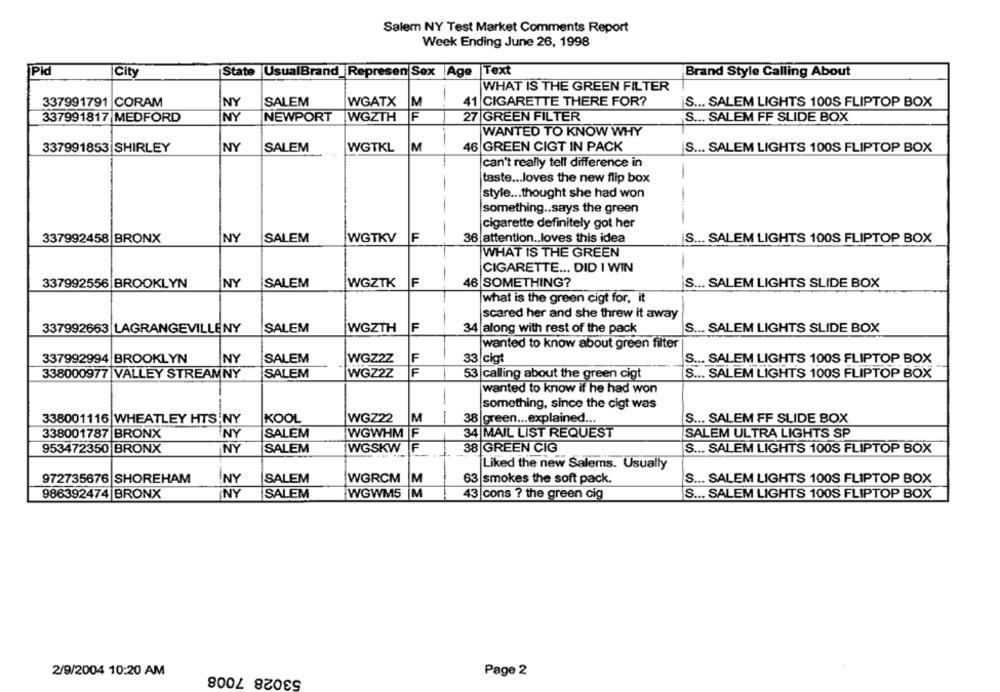
Salem NY Test Market Comments Report
Week Ending June 26, 1998
Pid
City
State UsualBrand Represen Sex Age |Text
Brand Style Calling About
WHAT IS THE GREEN FILTER
337991791 CORAM
NY
SALEM
WGATX
M
41 CIGARETTE THERE FOR?
S ... SALEM LIGHTS 100S FLIPTOP BOX
337991817 MEDFORD
NY
NEWPORT
WGZTH
27 GREEN FILTER
S ... SALEM FF SLIDE BOX
WANTED TO KNOW WHY
337991853 SHIRLEY
NY
SALEM
WGTKL
M
46 GREEN CIGT IN PACK
S ... SALEM LIGHTS 100S FLIPTOP BOX
can't really tell difference in
taste ... loves the new flip box
-
-
style ... thought she had won
something .. says the green
cigarette definitely got her
-
337992458 BRONX
NY
SALEM
WGTKV
F
36 attention .. loves this idea
S ... SALEM LIGHTS 100S FLIPTOP BOX
WHAT IS THE GREEN
CIGARETTE ... DID I WIN
-
337992556 BROOKLYN
NY
SALEM
WGZTK
F
46 SOMETHING?
S ... SALEM LIGHTS SLIDE BOX
what is the green cigt for, it
scared her and she threw it away
337992663 LAGRANGEVILLENY
SALEM
WGZTH
34 along with rest of the pack
S ... SALEM LIGHTS SLIDE BOX
wanted to know about green filter
337992994 BROOKLYN
NY
SALEM
WGZ2Z
F
33 cigt
S ... SALEM LIGHTS 100S FLIPTOP BOX
338000977 VALLEY STREAMNY
SALEM
WGZ2Z
F
S ... SALEM LIGHTS 100S FLIPTOP BOX
53 calling about the green cigt
wanted to know if he had won
-
something, since the cigt was
338001116 WHEATLEY HTS NY
KOOL
WGZ22
M
-
38
green ... explained ...
S ... SALEM FF SLIDE BOX
338001787 BRONX
NY
SALEM
WGWHM F
34 MAIL LIST REQUEST
SALEM ULTRA LIGHTS SP
953472350 BRONX
NY
SALEM
WGSKW F
38 GREEN CIG
S ... SALEM LIGHTS 100S FLIPTOP BOX
Liked the new Salems. Usually
972735676 SHOREHAM
NY
SALEM
WGRCM M
63|smokes the soft pack.
S ... SALEM LIGHTS 100S FLIPTOP BOX
986392474 BRONX
NY
SALEM
WGWM5 M
43 cons ? the green cig
S ... SALEM LIGHTS 100S FLIPTOP BOX
53028 7008
2/9/2004 10:20 AM
Page 2